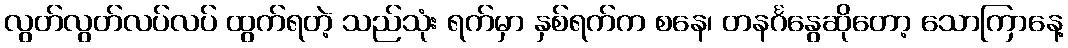
လွတ်လွတ်လပ်လပ် ထွက်ရတဲ့ သည်သုံး ရက်မှာ နှစ်ရက်က စနေ၊ တနင်္ဂနွေဆိုတော့ သောကြာနေ့